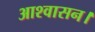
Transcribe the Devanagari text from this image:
आश्‍वासन।